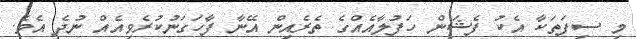
މި ސިފަތަކާ އެކު ފެޝަން ހަފުލާއެއްގެ ތެރެއިން އޭނާ ފާހަގަނުކުރެވިއެއް ނުދެ އެވެ.